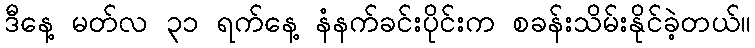
ဒီနေ့ မတ်လ ၃၁ ရက်နေ့ နံနက်ခင်းပိုင်းက စခန်းသိမ်းနိုင်ခဲ့တယ်။